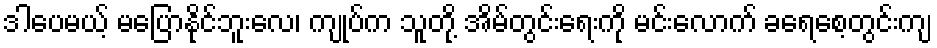
ဒါပေမယ့် မပြောနိုင်ဘူးလေ၊ ကျုပ်က သူတို့ အိမ်တွင်းရေးကို မင်းလောက် ခရေစေ့တွင်းကျ